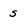
Character: S